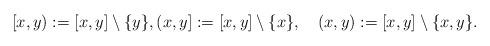
LaTeX: \begin{align*}[x , y) := [x,y] \setminus \{ y \}, (x , y] := [x,y] \setminus \{ x \}, \quad(x , y) := [x,y] \setminus \{ x, y \}.\end{align*}